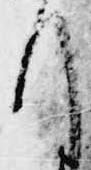
ほ